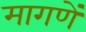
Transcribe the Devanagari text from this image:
मागणें